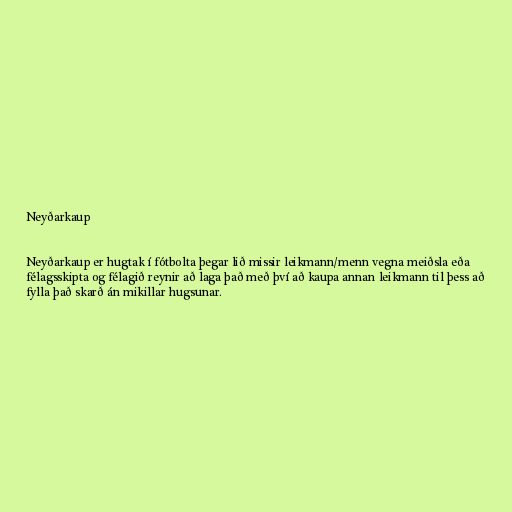
Neyðarkaup

Neyðarkaup er hugtak í fótbolta þegar lið missir leikmann/menn vegna meiðsla eða
félagsskipta og félagið reynir að laga það með því að kaupa annan leikmann til þess að
fylla það skarð án mikillar hugsunar.